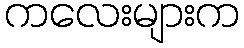
ကလေးများက